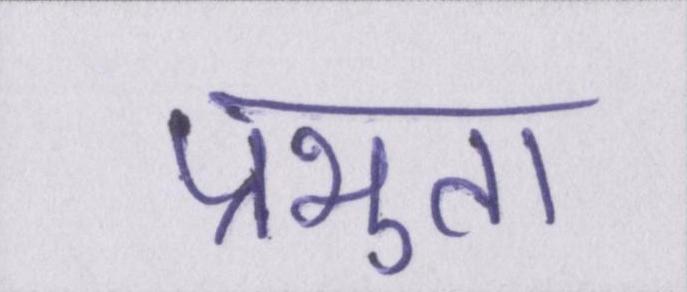
प्रभुता